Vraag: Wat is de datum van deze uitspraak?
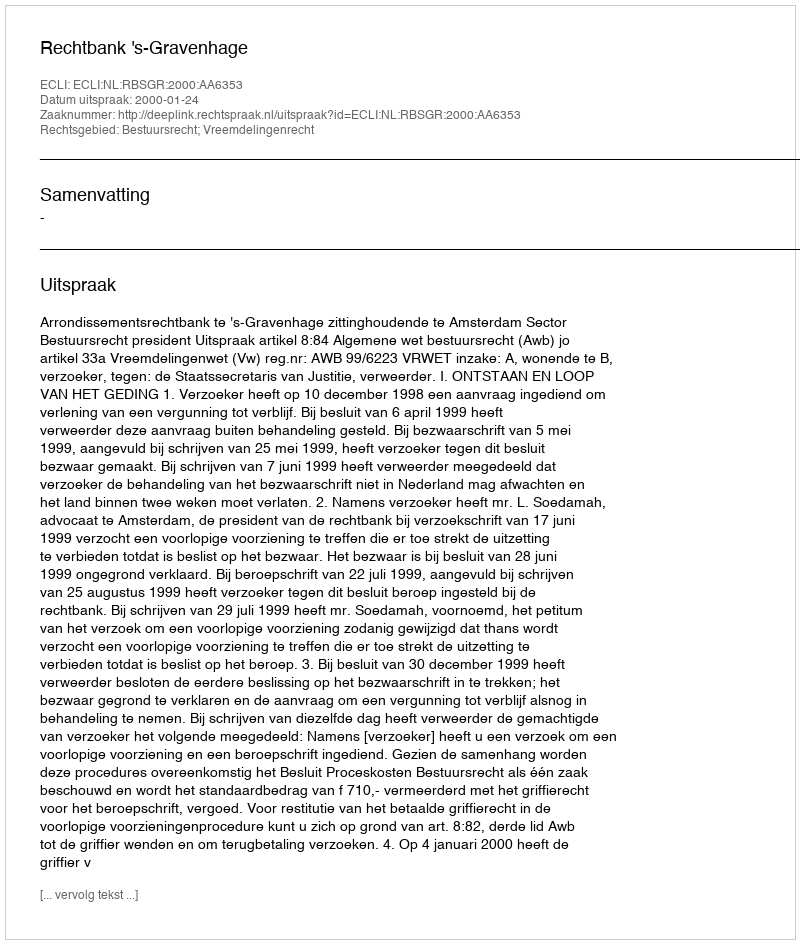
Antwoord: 2000-01-24